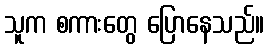
သူက စကားတွေ ပြောနေသည်။